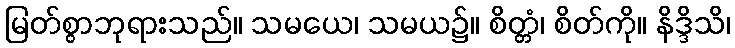
မြတ်စွာဘုရားသည်။ သမယေ၊ သမယ၌။ စိတ္တံ၊ စိတ်ကို။ နိဒ္ဒိသိ၊